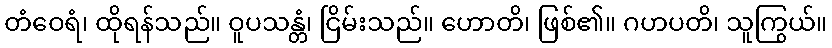
တံဝေရံ၊ ထိုရန်သည်။ ဝူပသန္တံ၊ ငြိမ်းသည်။ ဟောတိ၊ ဖြစ်၏။ ဂဟပတိ၊ သူကြွယ်။